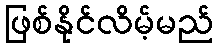
ဖြစ်နိုင်လိမ့်မည်